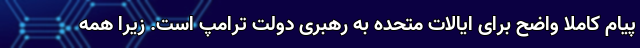
پیام کاملاً واضح برای ایالات متحده به رهبری دولت ترامپ است. زیرا همه